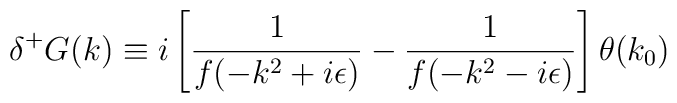
\delta^+ G (k)\equiv i \left[ \frac{1}{f(-k^2 +i\epsilon)}-\frac{1}{f(-k^2 -i\epsilon)}\right] \theta (k_0)